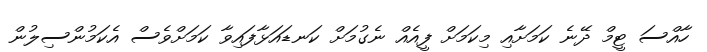
ހާއްސަ ޓީމް ދޭނެ ކަމަށާއި މިކަމަށް ފީއެއް ނެގުމަށް ކަނޑައަޅާފައިވާ ކަމަށްވެސް އެކަމުންސިލުން